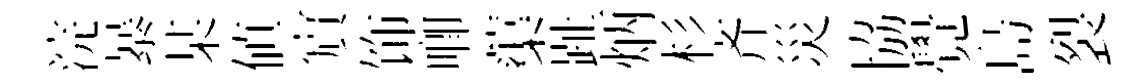
浣暴某值賔饰唧蕖趾炳杉齐災協覺島裂